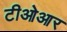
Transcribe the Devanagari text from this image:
टीओआर